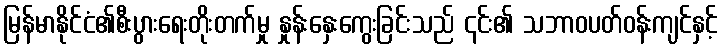
မြန်မာနိုင်ငံ၏စီးပွားရေးတိုးတက်မှု နှုန်းနှေးကွေးခြင်းသည် ၎င်း၏ သဘာဝပတ်ဝန်းကျင်နှင့်